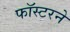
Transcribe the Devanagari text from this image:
फॉस्टरने